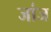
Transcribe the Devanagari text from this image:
जांज